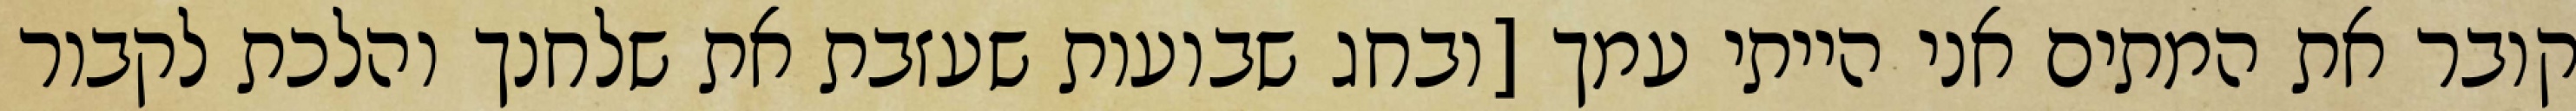
קובר את המתים אני הייתי עמך [ובחג שבועות שעזבת את שלחנך והלכת לקבור